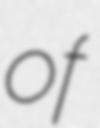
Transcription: of